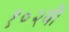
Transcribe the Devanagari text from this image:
१०२वी